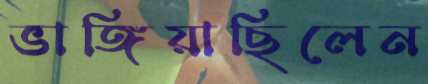
ভাঙ্গিয়াছিলেন